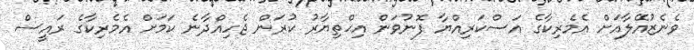
ވެނެޒުއޭލާއަށް އެމެރިކާގެ އަސްކަރިއްޔާ ފޮނުވަން އިޙްތިޔާރު ކުރަން ޖެހިއްދާނެ ކަމަށް އެމެރިކާގެ ރައީސް